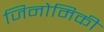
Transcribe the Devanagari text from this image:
जिनोमिकी